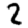
Digit: 2